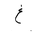
Letter: _gayn